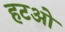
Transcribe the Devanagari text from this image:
हटओ